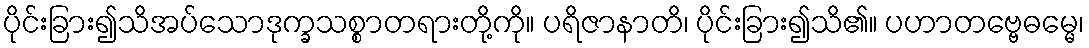
ပိုင်းခြား၍သိအပ်သောဒုက္ခသစ္စာတရားတို့ကို။ ပရိဇာနာတိ၊ ပိုင်းခြား၍သိ၏။ ပဟာတဗ္ဗေဓမ္မေ၊